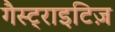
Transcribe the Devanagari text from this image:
गैस्ट्राइटिज़